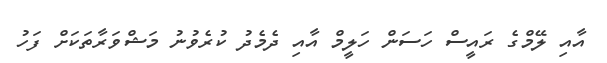
އާއި ލޭމްގެ ރައީސް ހަސަން ހަލީމް އާއި ދެމެދު ކުރެވުނު މަޝްވަރާތަކަށް ފަހު